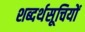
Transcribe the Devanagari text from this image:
शब्दर्थसूचियों